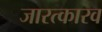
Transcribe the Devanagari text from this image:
जारत्कारव